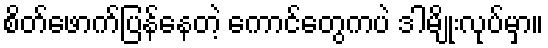
စိတ်ဖောက်ပြန်နေတဲ့ ကောင်တွေကပဲ ဒါမျိုးလုပ်မှာ။